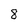
Character: 8